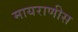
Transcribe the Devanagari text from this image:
मायराणीस